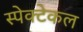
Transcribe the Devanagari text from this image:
स्पेक्टेकल